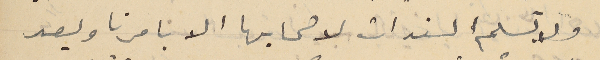
ولا تسلم السندات لاصحابها الا بامرنا وبعد